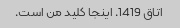
اتاق 1419. اینجا کلید من است.